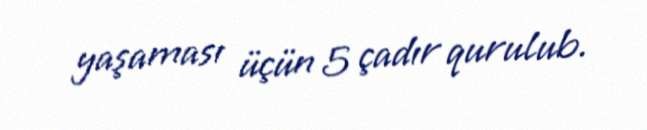
yaşaması üçün 5 çadır qurulub.